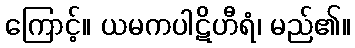
ကြောင့်။ ယမကပါဋိဟီရံ၊ မည်၏။